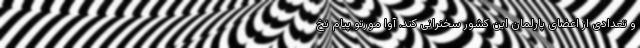
و تعدادی از اعضای پارلمان این کشور سخنرانی کند. آوا مورتو پیام نخ